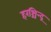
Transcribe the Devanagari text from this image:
हरश्चिन्द्र